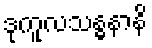
ဒုကူလသန္ဓနာနိ